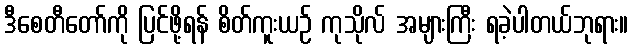
ဒီစေတီတော်ကို ပြင်ဖို့ရန် စိတ်ကူးယဉ် ကုသိုလ် အများကြီး ရခဲ့ပါတယ်ဘုရား။